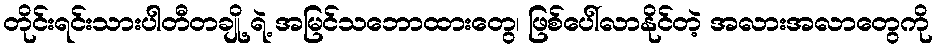
တိုင်းရင်းသားပါတီတချို့ ရဲ့ အမြင်သဘောထားတွေ၊ ဖြစ်ပေါ်လာနိုင်တဲ့ အလားအလာတွေကို